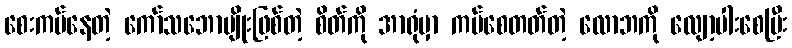
စေးကပ်နေတဲ့ ကော်သဘောမျိုးဖြစ်တဲ့ စိတ်ကို အာရုံမှာ ကပ်စေတတ်တဲ့ လောဘကို လျော့ပါးစေပြီး